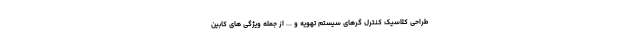
طراحی کلاسیک کنترل گرهای سیستم تهویه و ... از جمله ویژگی های کابین